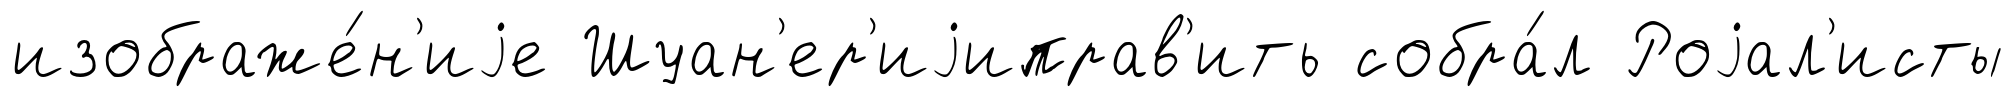
изображе́н'иjе Шуан'ер'иjиправ'ить собра́л Роjал'исты